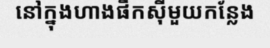
នៅក្នុងហាងផឹកស៊ីមួយកន្លែង